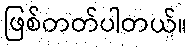
ဖြစ်တတ်ပါတယ်။